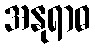
အနုရာဓ